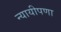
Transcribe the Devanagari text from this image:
न्यायीपणा